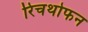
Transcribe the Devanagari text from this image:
रिचथोफन